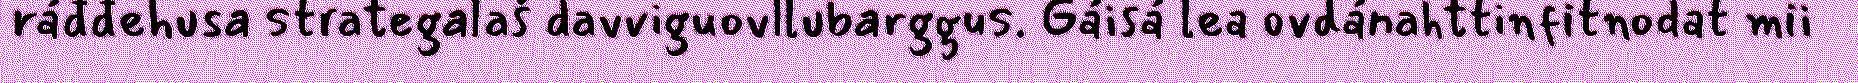
ráđđehusa strategalaš davviguovllubarggus. Gáisá lea ovdánahttinfitnodat mii